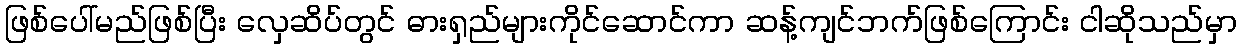
ဖြစ်ပေါ်မည်ဖြစ်ပြီး လှေဆိပ်တွင် ဓားရှည်များကိုင်ဆောင်ကာ ဆန့်ကျင်ဘက်ဖြစ်ကြောင်း ငါဆိုသည်မှာ